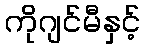
ကိုဂျင်မီနှင့်